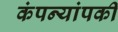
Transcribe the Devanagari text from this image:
कंपन्यांपकी